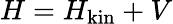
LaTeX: H=H_{\mathrm{kin}}+V